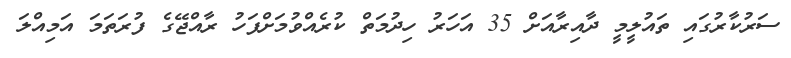
ސަރުކާރުގައި ތައުލީމީ ދާއިރާއަށް 35 އަހަރު ހިދުމަތް ކުރެއްވުމަށްފަހު ރާއްޖޭގެ ފުރަަތަމަ އަމިއްލަ